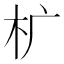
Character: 𰗓